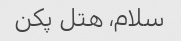
سلام، هتل پکن